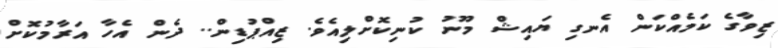
ޒިވާގެ ކަމެއްކަން އެނގި ޔައިޝް މޫނު ކުނިކޮށްލިއެވެ. ޒިއްޕުޑިން.. ދެން އެހާ އަރާމުކޮށް